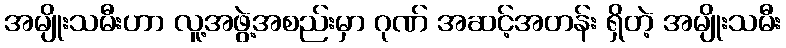
အမျိုးသမီးဟာ လူ့အဖွဲ့အစည်းမှာ ဂုဏ် အဆင့်အတန်း ရှိတဲ့ အမျိုးသမီး